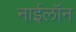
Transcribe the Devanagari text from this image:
नाईलॉन